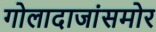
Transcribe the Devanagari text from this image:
गोलादाजांसमोर